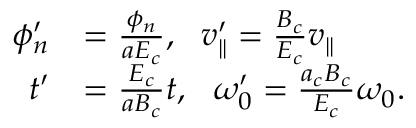
\begin{array} { r l } { \phi _ { n } ^ { \prime } } & { = \frac { \phi _ { n } } { a E _ { c } } , \ \ v _ { \parallel } ^ { \prime } = \frac { B _ { c } } { E _ { c } } v _ { \parallel } } \\ { t ^ { \prime } } & { = \frac { E _ { c } } { a B _ { c } } t , \ \ \omega _ { 0 } ^ { \prime } = \frac { a _ { c } B _ { c } } { E _ { c } } \omega _ { 0 } . } \end{array}